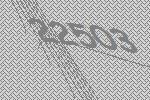
22503